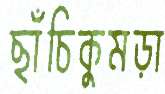
ছাঁচিকুমড়া